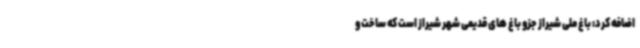
اضافه کرد: باغ ملی شیراز جزو باغ های قدیمی شهر شیراز است که ساخت و